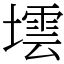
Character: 墵